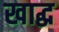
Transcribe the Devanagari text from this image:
खाद्ध